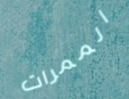
الممرات